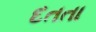
દતતા